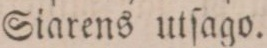
Siarens utſago.